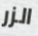
الزر